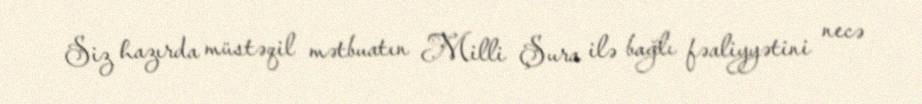
Siz hazırda müstəqil mətbuatın Milli Şura ilə bağlı fəaliyyətini necə